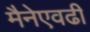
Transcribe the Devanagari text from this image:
मैनेएवढी